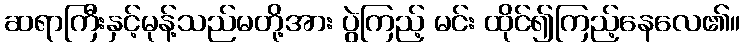
ဆရာကြီးနှင့်မုန့်သည်မတို့အား ပွဲကြည့် မင်း ထိုင်၍ကြည့်နေလေ၏။